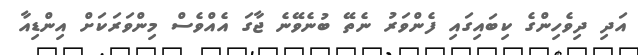
އަދި ދިވެހިންގެ ކިބައިގައި ފެންވަރު ނެތޭ ބުނެވޭނެ ޖާގަ އެއްވެސް މިންވަރަކަށް އިންޑިއާ